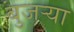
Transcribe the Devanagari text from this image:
बुजऱ्या